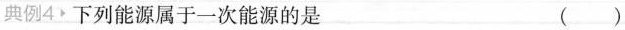
典例4 下列能源属于一次能源的是 ( )